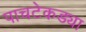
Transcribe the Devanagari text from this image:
पाचटेकड्या